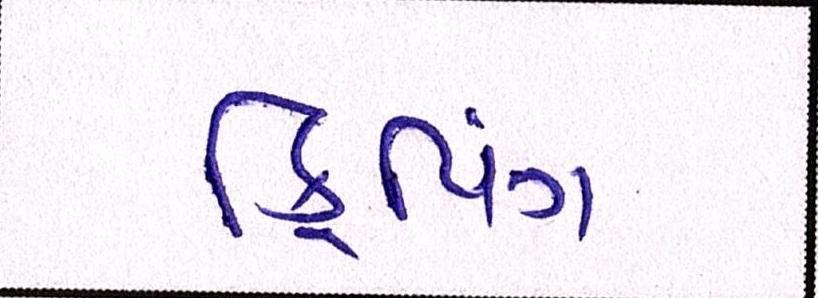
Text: ક્રિપિંગ